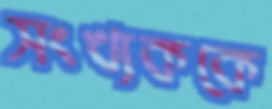
সংখ্যককে